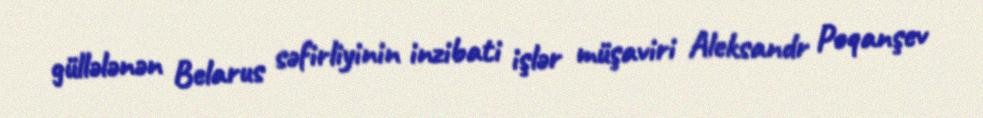
güllələnən Belarus səfirliyinin inzibati işlər müşaviri Aleksandr Poqanşev